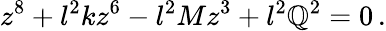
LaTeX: z^{8}+l^{2}kz^{6}-l^{2}Mz^{3}+l^{2}\mathbb{Q}^{2}=0\, .